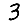
Digit: 3